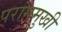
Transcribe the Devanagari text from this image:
परांगमुखी